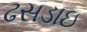
ઢસડાઇ